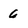
Character: 6